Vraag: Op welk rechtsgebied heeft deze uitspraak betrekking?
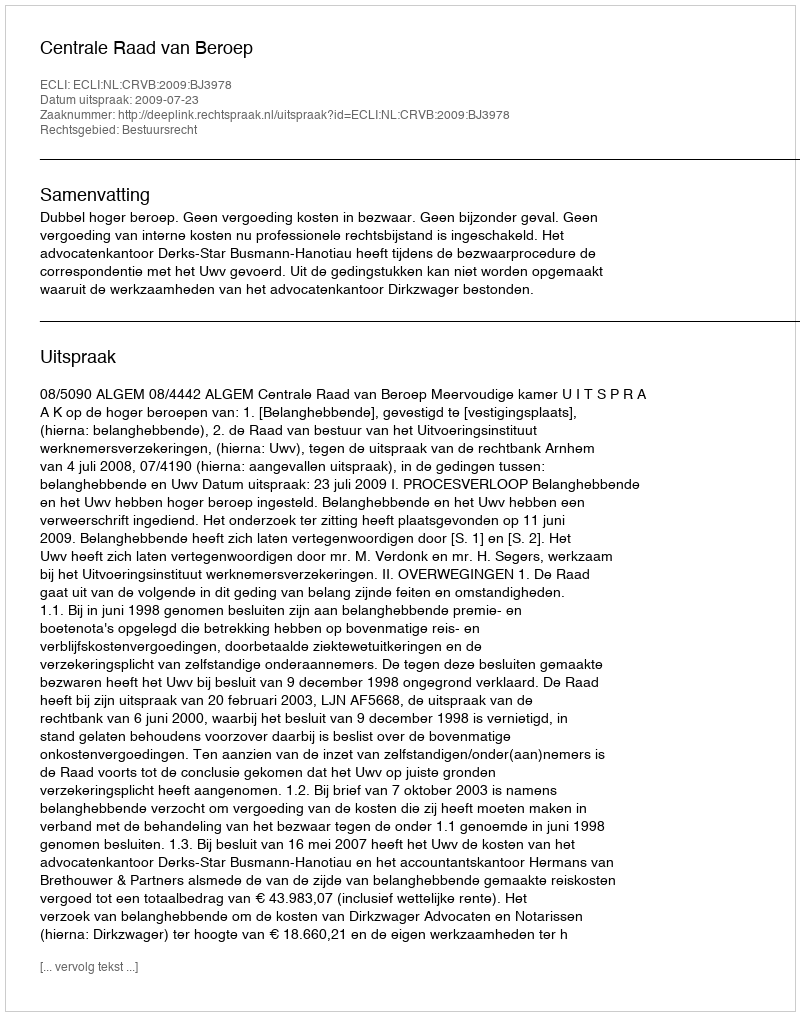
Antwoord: Bestuursrecht